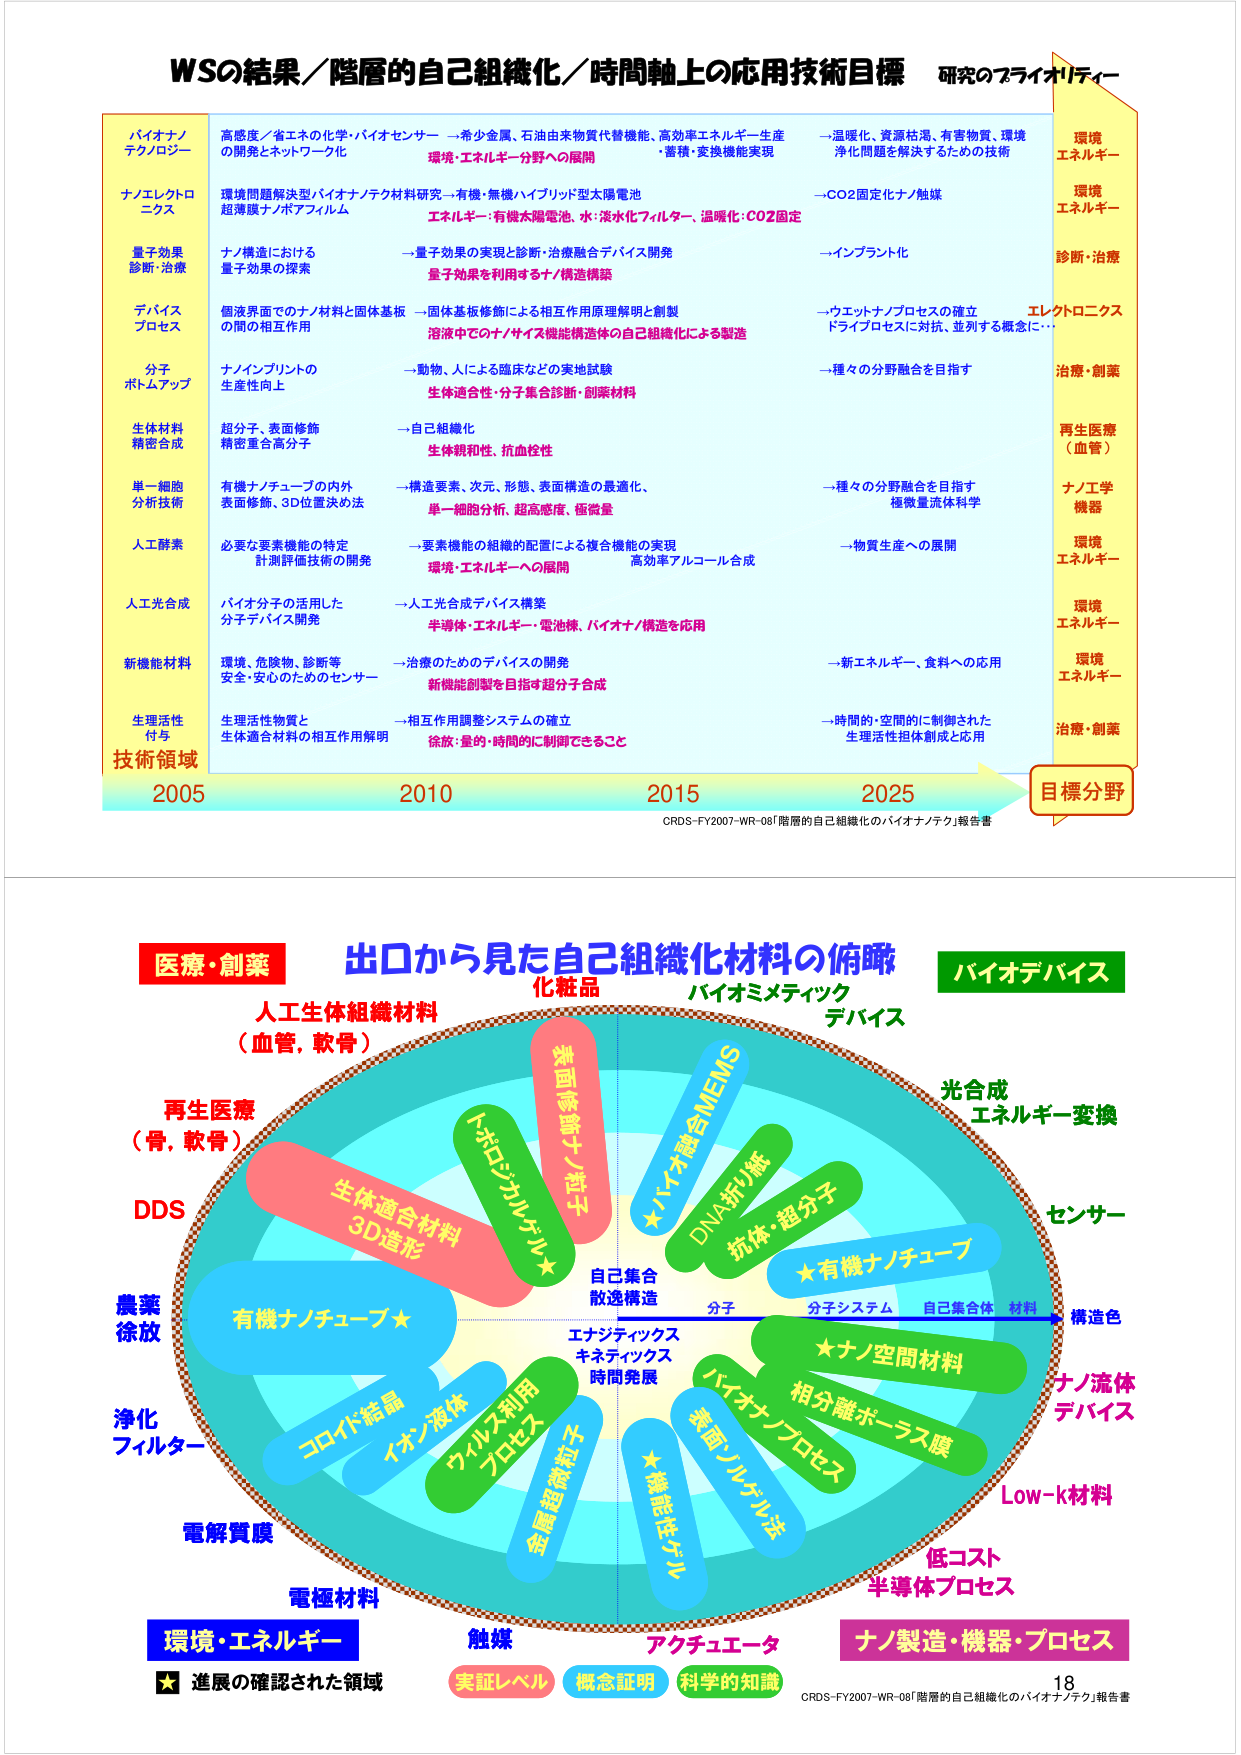
WSの結果／階層的自己組織化／時間軸上の応用技術目標 研究のフライオバディー

バイオナノテクノロジー
高感度／省エネの化学・バイオセンサー →希少金属、石油由来物質代替機能、高効率エネルギー生産
→温暖化、資源枯渇、有害物質、環境浄化問題を解決するための技術
環境エネルギー

ナノエレクトロニクス
環境問題解決型バイオナノテク材料研究 →有機・無機ハイブリッド型太陽電池
→CO2固定化ナノ触媒
環境エネルギー

量子効果診断・治療
ナノ構造における量子効果の探索
→量子効果の実現と診断・治療融合デバイス開発
→インプラント化
診断・治療

デバイスプロセス
個液晶面でのナノ材料と固体基板の間の相互作用
→固体基板修飾による相互作用原理解明と創製
→ウエットナノプロセスの確立
→溶浴中でのナノサイズ機能構造体の自己組織化による製造
ドライプロセスに対抗、並列する概念に…
エレクトロニクス

分子ボトムアップ
ナノインプリントの生産性向上
→動物、人による臨床などの実地試験
→種々の分野融合を目指す
治療・創薬

生体材料精密合成
超分子、表面修飾精密重合高分子
→自己組織化
→生体親和性、抗血栓性
再生医療（血管）

単一細胞分析技術
有機ナノチューブの内外表面修飾、3D位置決め法
→構造要素、次元、形態、表面構造の最適化、
→種々の分野融合を目指す
単一細胞分析、超高感度、極微量
極微量流体科学

人工酵素
必要な要素機能の特定
→要素機能の組織的配置による複合機能の実現
→物質生産への展開
計測評価技術の開発
環境・エネルギーへの展開
高効率アルコール合成

人工光合成
バイオ分子の活用した分子デバイス開発
→人工光合成デバイス構築
半導体・エネルギー・電池株、バイオナノ構造を応用

新機能材料
環境、危険物、診断等安全・安心のためのセンサー
→治療のためのデバイスの開発
→新エネルギー、食料への応用
新機能創製を目指す超分子合成

生理活性付与
生理活性物質と生体適合材料の相互作用解明
→相互作用調整システムの確立
→時間的・空間的に制御された生理活性担体創成と応用
徐放・量的・時間的に制御できること

技術領域
2005 2010 2015 2025
目標分野

CRDS-FY2007-WR-08「階層的自己組織化のバイオナノテク」報告書

医療・創薬
出口から見た自己組織化材料の俯瞰
バイオデバイス
人工生体組織材料（血管、軟骨）
化粧品
バイオミメティック
デバイス
再生物療（骨、軟骨）
DDS
農薬
徐放
浄化フィルター
電解質膜
電極材料
環境・エネルギー
触媒
アケチュエータ
ナノ製造・機器・プロセス
★進展の確認された領域
実証レベル
概念証明
科学的知識

表面修飾ナノ粒子
トポロジカルゲル★
生体適合材料3D造形
有機ナノチューブ★
コロイド結晶
イオン液体
ウィルス利用プロセス
金属超微粒子
自己集合散逸構造
エナジティックス
キネティックス
時間発展
分子
分子システム
自己集合体
材料
構造色
★ナノ空間材料
相分離ポーラス膜
バイオナノプロセス
表面ノルゲル法
★機能性ゲル
★バイオ融合MEMS
DNA折り紙
抗体・超分子
★有機ナノチューブ
光合成エネルギー変換
センサー
ナノ流体デバイス
Low-k材料
低コスト半導体プロセス

CRDS-FY2007-WR-08「階層的自己組織化のバイオナノテク」報告書
18